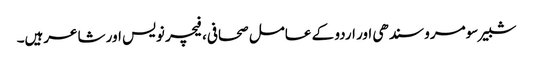
شبیر سومرو سندھی اور اردو کے عامل صحافی، فیچر نویس اور شاعرہیں۔